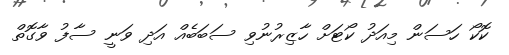
ކޮކޯ ހަސަން މިއަދު ކޯޓަށް ހާޒިރުނުވި ސަބަބެއް އަދި ވަނީ ސާފު ވާގޮތް